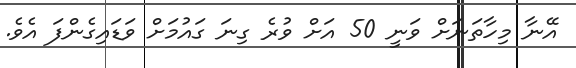
އޭނާ މިހާތަނަށް ވަނީ 50 އަށް ވުރެ ގިނަ ގައުމަށް ވަޑައިގެންފަ އެވެ.